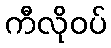
ကီလိုဝပ်